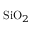
\mathrm { S i O } _ { 2 }